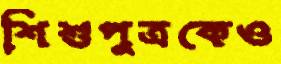
শিশুপুত্রকেও